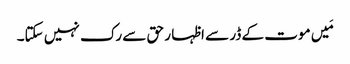
مَیں موت کے ڈر سے اظہا ر حق سے رک نہیں سکتا۔